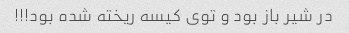
در شیر باز بود و توی کیسه ریخته شده بود!!!